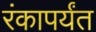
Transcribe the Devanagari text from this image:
रंकापर्यंत